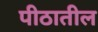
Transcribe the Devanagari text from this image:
पीठातील